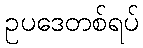
ဥပဒေတစ်ရပ်